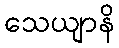
သေယျာနိ